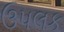
ઉપલક